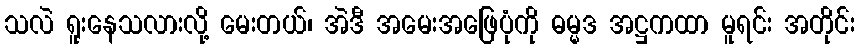
သလဲ ရူးနေသလားလို့ မေးတယ်၊ အဲဒီ အမေးအဖြေပုံကို ဓမ္မဒ အဋ္ဌကထာ မူရင်း အတိုင်း